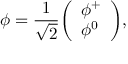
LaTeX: \phi = { \frac { 1 } { \sqrt { 2 } } } { \left( \begin{array} { l } { \phi ^ { + } } \\ { \phi ^ { 0 } } \end{array} \right) } ,